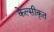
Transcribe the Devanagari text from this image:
केल्सीकृत